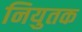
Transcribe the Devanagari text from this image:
नियुतक